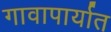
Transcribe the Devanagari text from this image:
गावापार्यात